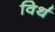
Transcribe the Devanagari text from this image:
विर्थ